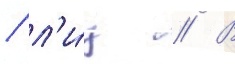
/ л'и́ц // В